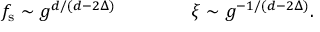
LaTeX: f _ { \mathrm { s } } \sim g ^ { d / ( d - 2 \Delta ) } \qquad \qquad \xi \sim g ^ { - 1 / ( d - 2 \Delta ) } .